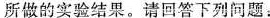
所做的实验结果。请回答下列问题：